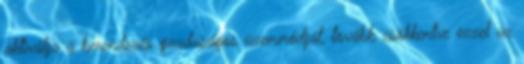
aktiválja a berendezés gazdaságos üzemmódját, tovább csökkentve ezzel az